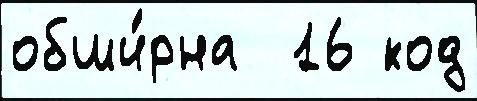
обши́рна  16 код